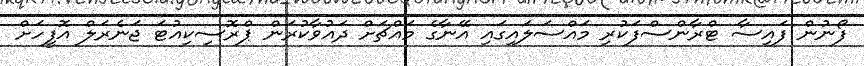
ފޯނުން ފައިސާ ޓްރާންސްފަކުރި މައްސަލައިގައި އޭނާގެ މައްޗަށް ދައުވާކުރަން ޕްރޮސިކިއުޓަ ޖަނެރަލް އޮފީހަށް